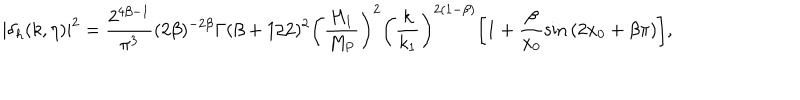
| \delta _ { h } ( k , \eta ) | ^ { 2 } = \frac { 2 ^ { 4 \beta - 1 } } { \pi ^ { 3 } } ( 2 \beta ) ^ { - 2 \beta } \Gamma ( \beta + 1 / 2 ) ^ { 2 } \biggl ( \frac { H _ { 1 } } { M _ { \mathrm { P } } } \biggr ) ^ { 2 } \biggl ( \frac { k } { k _ { 1 } } \biggr ) ^ { 2 ( 1 - \beta ) } \biggl [ 1 + \frac { \beta } { x _ { 0 } } \sin { ( 2 x _ { 0 } + \beta \pi ) } \biggr ] ,